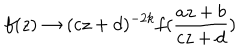
f ( z ) \rightarrow ( c z + d ) ^ { - 2 k } f ( \frac { a z + b } { c z + d } )